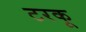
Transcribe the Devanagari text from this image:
टरकू